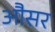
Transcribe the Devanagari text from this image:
औसर